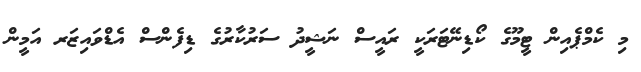
މި ކެމްޕެއިން ޓީމޫގެ ކޯޑިނޭޓަރަކީ ރައީސް ނަޝީދު ސަރުކާރުގެ ޑިފެންސް އެޑްވައިޒަރ އަމީން